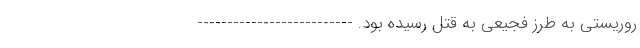
روریستی به طرز فجیعی به قتل رسیده بود. --------------------------